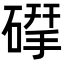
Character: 𮀶